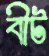
বীট